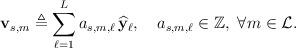
LaTeX: \begin{align*}\mathbf{v}_{s,m} \triangleq \sum\limits_{\ell=1}^{L} {a}_{s,m,\ell} \, \widehat{\mathbf{y}}_\ell , \ \ \ {a}_{s,m,\ell} \in \mathbb{Z}, \ \forall m \in \mathcal{L}.\end{align*}